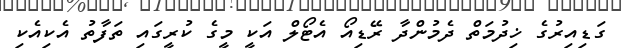
ގަޑިއިރުގެ ޚިދުމަތް ދެމުންދާ ރޭޑިއޯ އެޓޯލް އަކީ މީގެ ކުރީގައި ތަފާތު އެކިއެކި